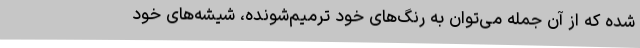
شده که از آن جمله می‌توان به رنگ‌های خود ترمیم‌شونده، شیشه‌های خود